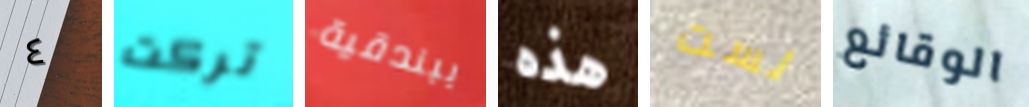
٤ تركت ببندقية هذه لست الوقائع